Scottish Leaving Certificate Examination, 1956
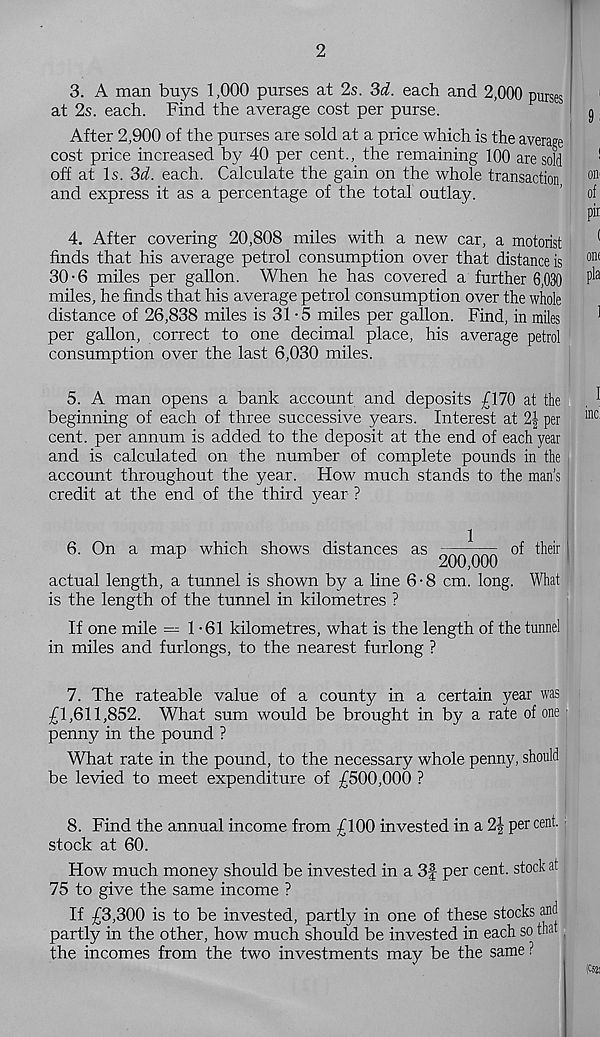
2
3. A man buys 1,000 purses at 2s. 3d. each and 2,000 purses
at 2s. each. Find the average cost per purse.
After 2,900 of the purses are sold at a price which is the average
cost price increased by 40 per cent., the remaining 100 are sold
off at Is. 3d. each. Calculate the gain on the whole transaction
and express it as a percentage of the total outlay.
4. After covering 20,808 miles with a new car, a motorist
finds that his average petrol consumption over that distance is
30-6 miles per gallon. When he has covered a further 6,030
miles, he finds that his average petrol consumption over the whole
distance of 26,838 miles is 31-5 miles per gallon. Find, in miles
per gallon, correct to one decimal place, his average petrol
consumption over the last 6,030 miles.
5. A man opens a bank account and deposits £170 at the
beginning of each of three successive years. Interest at 2| per
cent, per annum is added to the deposit at the end of each year
and is calculated on the number of complete pounds in the
account throughout the year. How much stands to the man’s
credit at the end of the third year ?
6. On a map which shows distances as
^ of their
1
200,000
actual length, a tunnel is shown by a line 6 • 8 cm. long. What
is the length of the tunnel in kilometres ?
If one mile —1-61 kilometres, what is the length of the tunnel
in miles and furlongs, to the nearest furlong ?
7. The rateable value of a county in a certain year was
£1,611,852. What sum would be brought in by a rate of one 1
penny in the pound ?
What rate in the pound, to the necessary whole penny, should
be levied to meet expenditure of £500,000 ?
8. Find the annual income from £100 invested in a 2| per cent,
stock at 60.
How much money should be invested in a 3f per cent, stock at
75 to give the same income ?
If £3,300 is to be invested, partly in one of these stocks and
partly in the other, how much should be invested in each so that
the incomes from the two investments may be the same ?